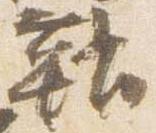
鞘